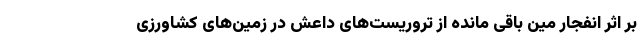
بر اثر انفجار مین باقی مانده از تروریست‌های داعش در زمین‌های کشاورزی